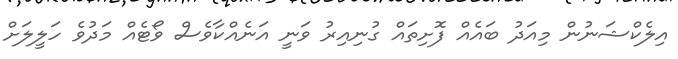
އިލެކްޝަނުން މިއަދު ބައެއް ފޮށިތައް ގުނިއިރު ވަނީ އަނެއްކާވެސް ވޯޓެއް މަދުވެ ހަލީލަށް